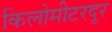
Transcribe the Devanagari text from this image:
किलोमीटरदूर